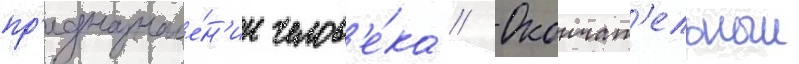
пр'едназначе́н'ии челов'е́ка // Окончат'ельныи